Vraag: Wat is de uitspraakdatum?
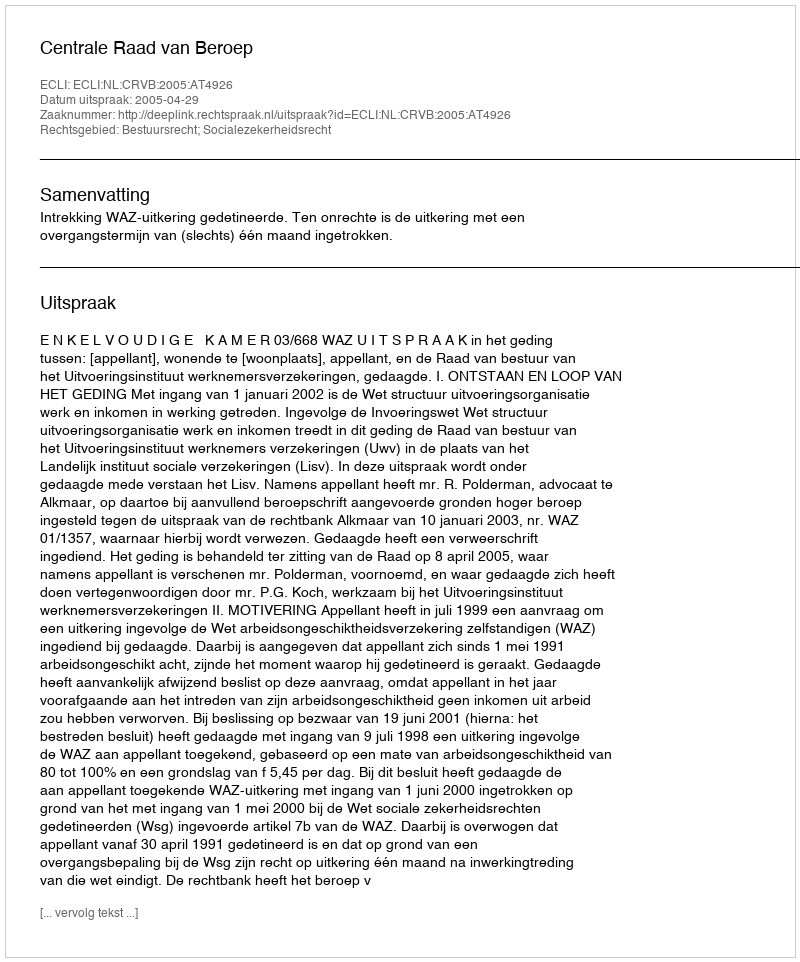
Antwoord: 2005-04-29